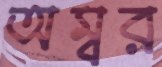
অম্বর